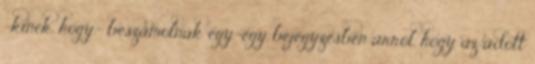
-kinek, hogy- beszámolnak egy-egy bejegyzésben arról, hogy az adott